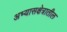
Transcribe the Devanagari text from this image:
अभ्यासक्षेत्रातील